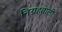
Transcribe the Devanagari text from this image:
निग्रहवाली